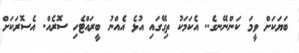
ބަޔަކަށް ވީމަ ކަންނޭނގެ.. އެކަމަކު ތިގޭގައި އުޅެ އެއްނު ބީރައްޓެހި ސޮރެއް. އެސޮރަކަށް